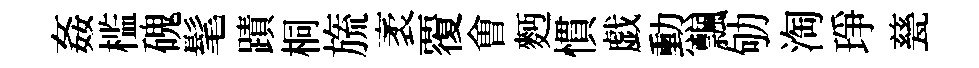
姦槛磈髦蹟桐旒袤覆㑹麪慣戯勲飄劬淘琤甆